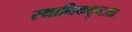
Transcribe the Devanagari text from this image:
स्थानिकदृष्टय़ा